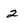
Character: 2